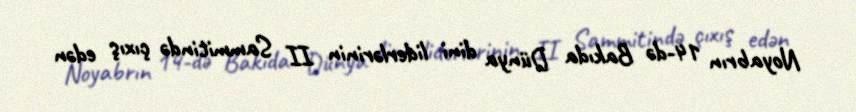
Noyabrın 14-də Bakıda Dünya dini liderlərinin II Sammitində çıxış edən